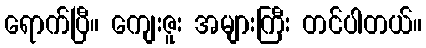
ရောက်ပြီ။ ကျေးဇူး အများကြီး တင်ပါတယ်။